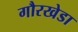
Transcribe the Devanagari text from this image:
गौरखेडा